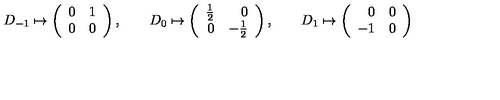
D _ { - 1 } \mapsto \left( \begin{array} { r r } { 0 } & { 1 } \\ { 0 } & { 0 } \\ \end{array} \right) , \qquad D _ { 0 } \mapsto \left( \begin{array} { r r } { { \textstyle \frac 1 2 } } & { 0 } \\ { 0 } & { - { \textstyle \frac 1 2 } } \\ \end{array} \right) , \qquad D _ { 1 } \mapsto \left( \begin{array} { r r } { 0 } & { 0 } \\ { - 1 } & { 0 } \\ \end{array} \right)